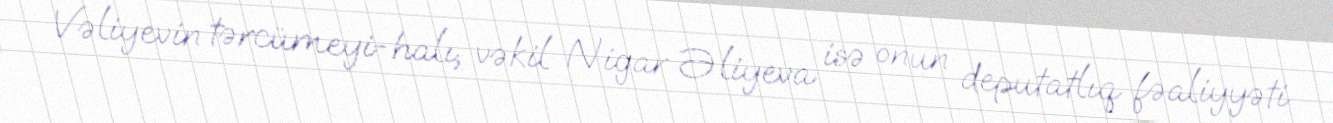
Vəliyevin tərcümeyi-halı, vəkil Nigar Əliyeva isə onun deputatlıq fəaliyyəti